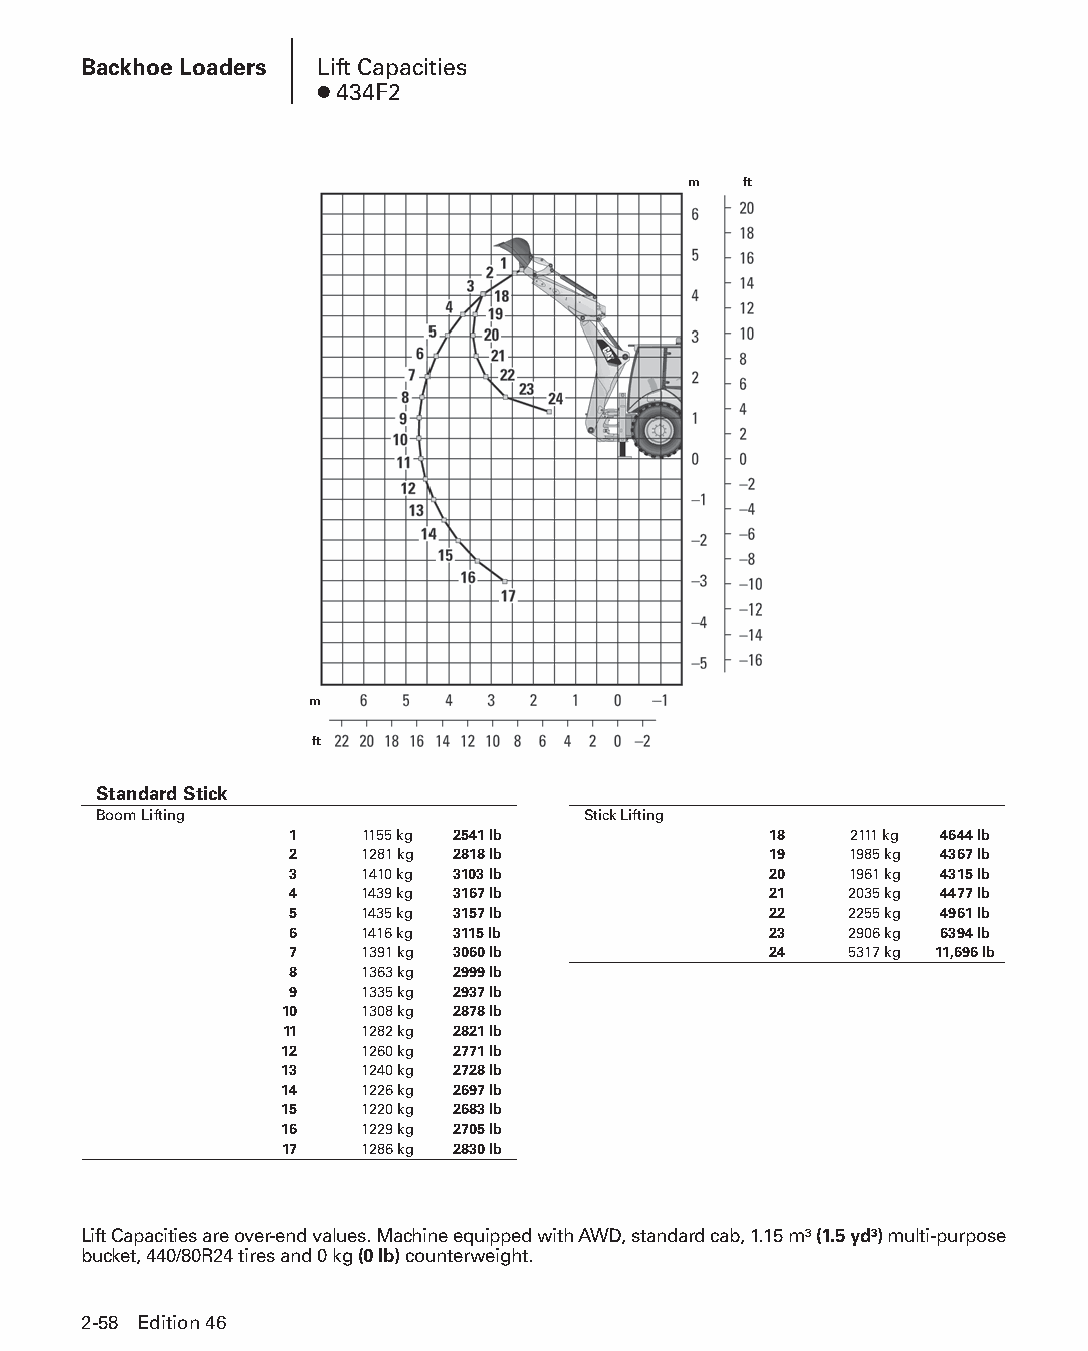
Backhoe Loaders Lift Capacities
 ● 434F2
 m   ft
 m
 ft
 Standard Stick
 Boom Lifting                    Stick Lifting
 1   1155 kg 2541 lb            18    2111 kg 4644 lb
 2   1281 kg 2818 lb            19    1985 kg 4367 lb
 3   1410 kg 3103 lb            20    1961 kg 4315 lb
 4   1439 kg 3167 lb            21    2035 kg 4477 lb
 5   1435 kg 3157 lb            22    2255 kg 4961 lb
 6   1416 kg 3115 lb            23    2906 kg 6394 lb
 7   1391 kg 3060 lb            24    5317 kg 11,696 lb
 8   1363 kg 2999 lb
 9   1335 kg 2937 lb
 10   1308 kg 2878 lb
 11   1282 kg 2821 lb
 12   1260 kg 2771 lb
 13   1240 kg 2728 lb
 14   1226 kg 2697 lb
 15   1220 kg 2683 lb
 16   1229 kg 2705 lb
 17   1286 kg 2830 lb
 Lift Capacities are over-end values. Machine equipped with AWD, standard cab, 1.15 m3 (1.5 yd3) multi-purpose
 bucket, 440/80R24 tires and 0 kg (0 lb) counterweight.
 2-58 Edition 46
 PPHHBB--SSeecc0022--1166..iinndddd 5588                        1122//44//1155 1100::2266 AAMM